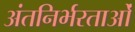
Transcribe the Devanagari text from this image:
अंतनिर्भरताओं